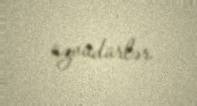
üzvüdürlər.